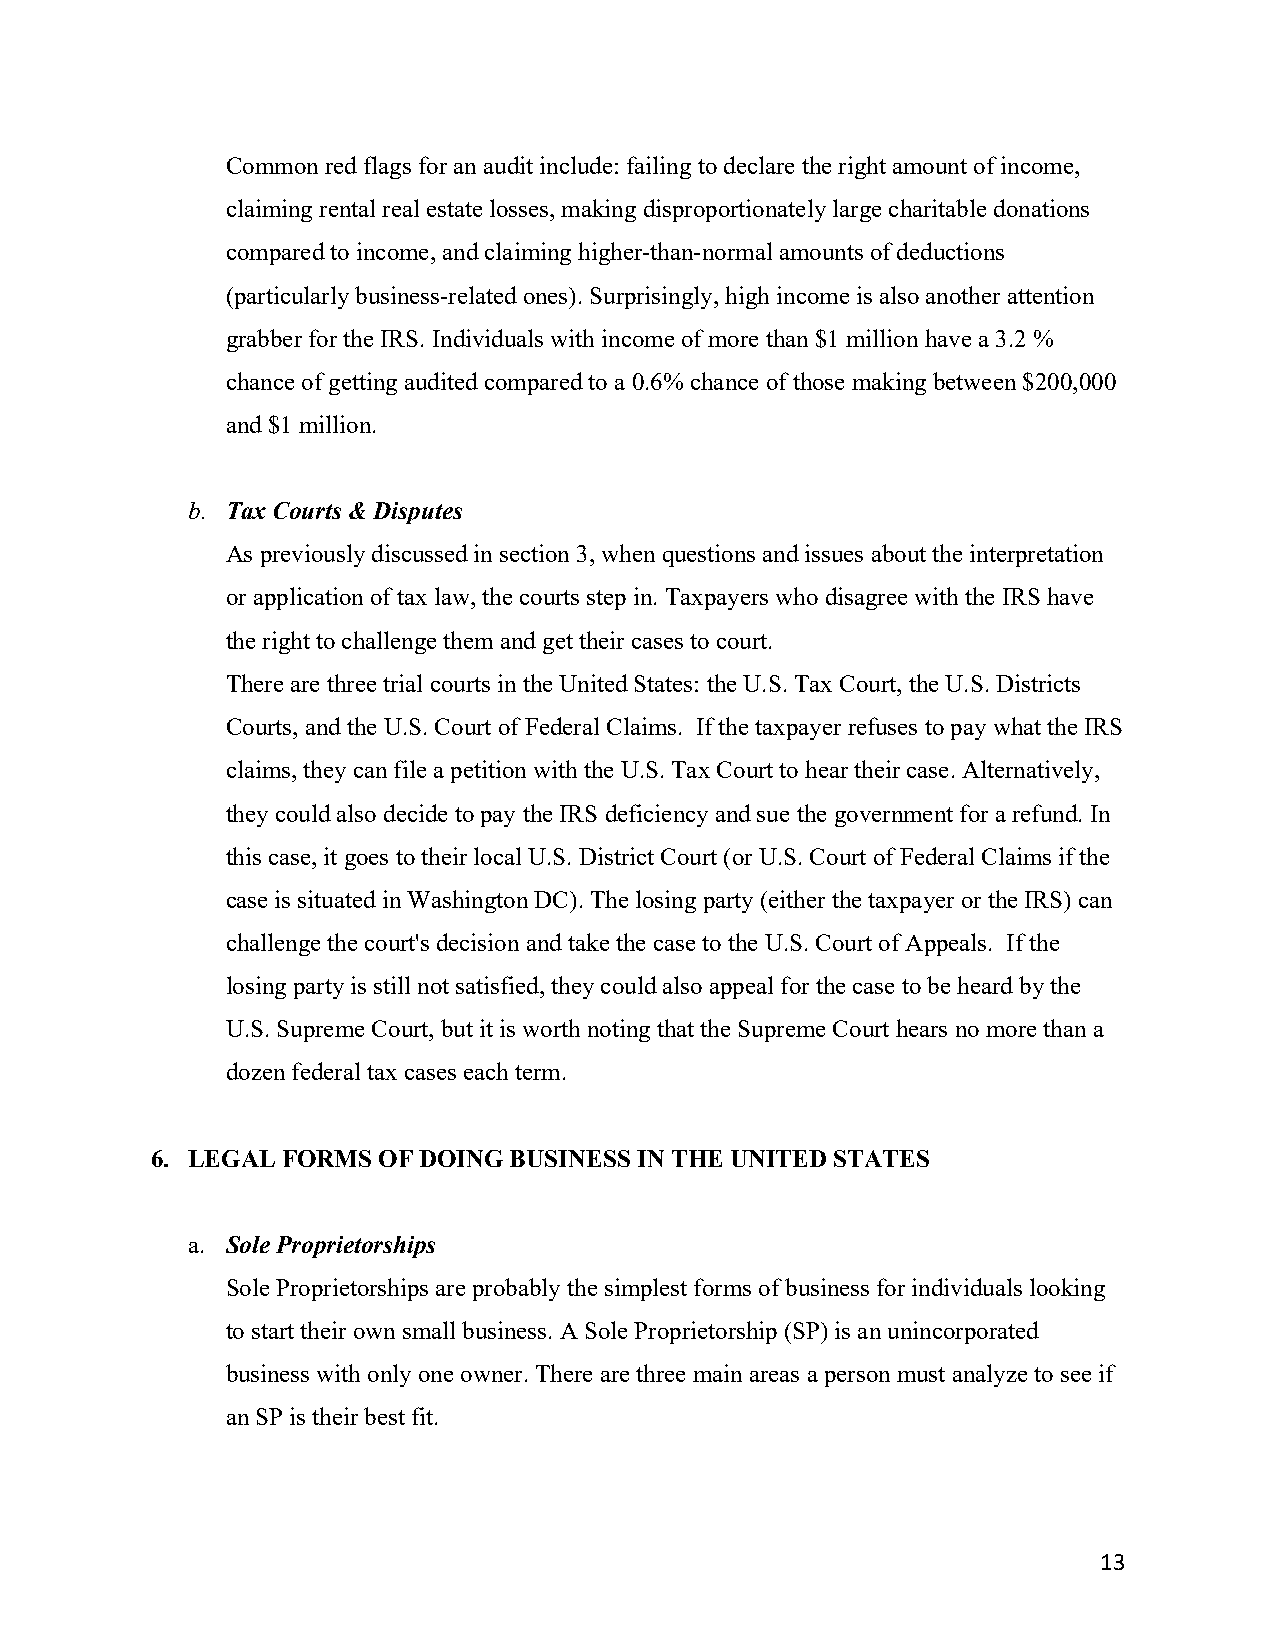
Common red flags for an audit include: failing to declare the right amount of income,
 claiming rental real estate losses, making disproportionately large charitable donations
 compared to income, and claiming higher-than-normal amounts of deductions
 (particularly business-related ones). Surprisingly, high income is also another attention
 grabber for the IRS. Individuals with income of more than $1 million have a 3.2 %
 chance of getting audited compared to a 0.6% chance of those making between $200,000
 and $1 million.
 b. Tax Courts & Disputes
 As previously discussed in section 3, when questions and issues about the interpretation
 or application of tax law, the courts step in. Taxpayers who disagree with the IRS have
 the right to challenge them and get their cases to court.
 There are three trial courts in the United States: the U.S. Tax Court, the U.S. Districts
 Courts, and the U.S. Court of Federal Claims. If the taxpayer refuses to pay what the IRS
 claims, they can file a petition with the U.S. Tax Court to hear their case. Alternatively,
 they could also decide to pay the IRS deficiency and sue the government for a refund. In
 this case, it goes to their local U.S. District Court (or U.S. Court of Federal Claims if the
 case is situated in Washington DC). The losing party (either the taxpayer or the IRS) can
 challenge the court's decision and take the case to the U.S. Court of Appeals. If the
 losing party is still not satisfied, they could also appeal for the case to be heard by the
 U.S. Supreme Court, but it is worth noting that the Supreme Court hears no more than a
 dozen federal tax cases each term.
 6. LEGAL FORMS OF DOING BUSINESS IN THE UNITED STATES
 a. Sole Proprietorships
 Sole Proprietorships are probably the simplest forms of business for individuals looking
 to start their own small business. A Sole Proprietorship (SP) is an unincorporated
 business with only one owner. There are three main areas a person must analyze to see if
 an SP is their best fit.
 13